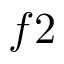
f 2